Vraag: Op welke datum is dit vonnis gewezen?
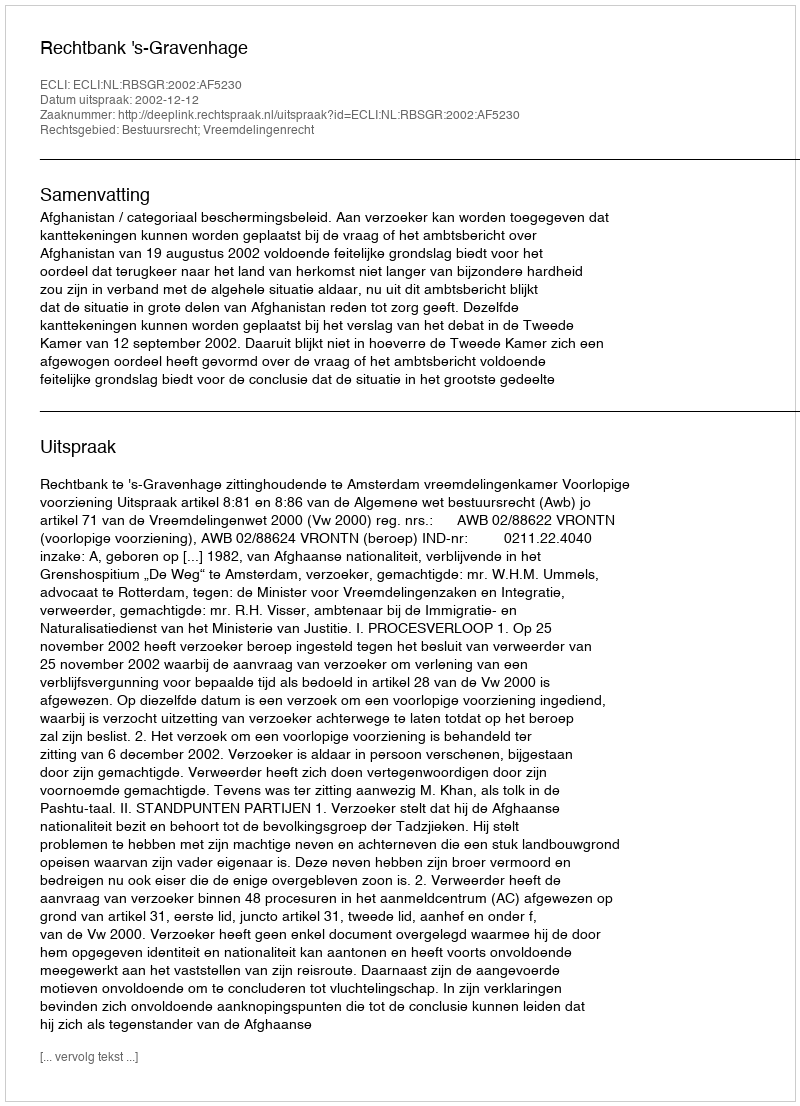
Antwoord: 2002-12-12